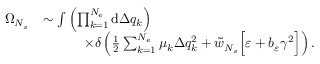
\begin{array} { r l } { \Omega _ { N _ { s } } } & { \sim \int { \left( \prod _ { k = 1 } ^ { N _ { e } } { \mathrm { d } \Delta q _ { k } } \right) } } \\ & { \qquad \quad \times \delta \left( \frac { 1 } { 2 } \sum _ { k = 1 } ^ { N _ { e } } { \mu _ { k } \Delta q _ { k } ^ { 2 } } + \tilde { w } _ { N _ { s } } \Big [ \varepsilon + b _ { \varepsilon } \gamma ^ { 2 } \Big ] \right) . } \end{array}